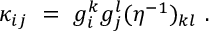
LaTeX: \kappa _ { i j } ~ = ~ g _ { i } ^ { k } g _ { j } ^ { l } ( \eta ^ { - 1 } ) _ { k l } ~ .